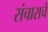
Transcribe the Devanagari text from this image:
संचाराचे